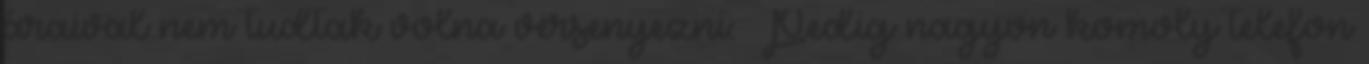
áraival nem tudtak volna versenyezni: Pedig nagyon komoly telefon